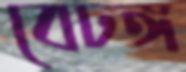
বেঢঙ্গ